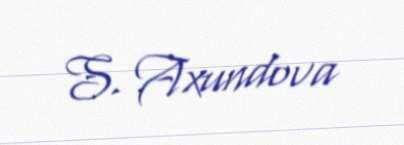
S. Axundova